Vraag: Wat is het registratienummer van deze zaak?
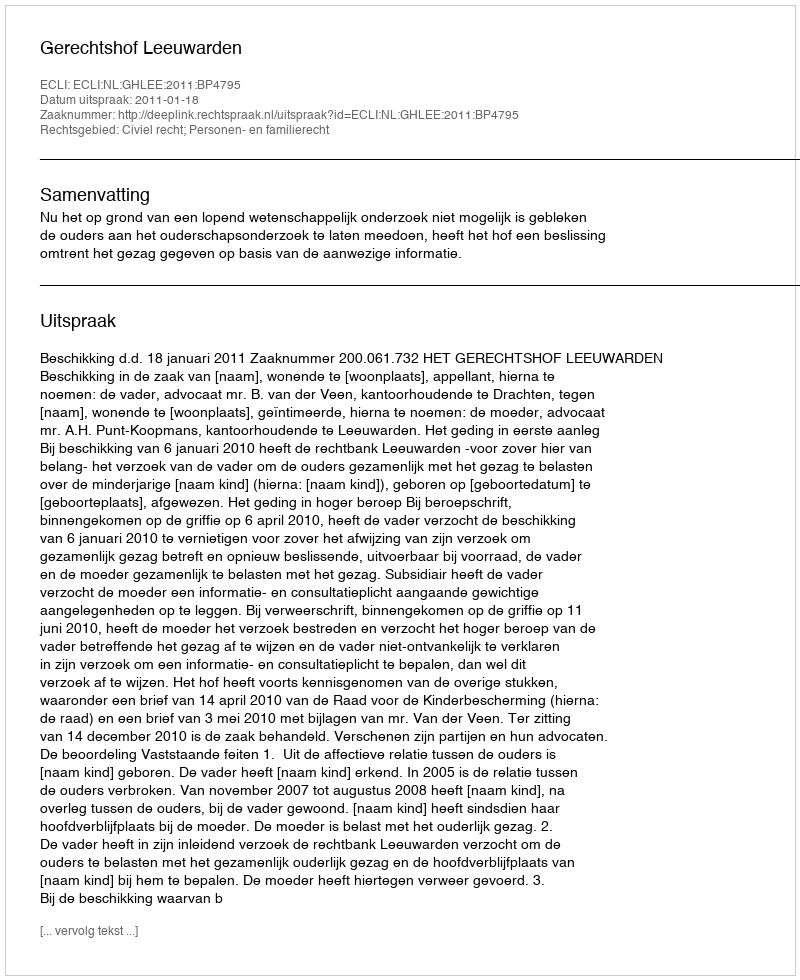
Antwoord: http://deeplink.rechtspraak.nl/uitspraak?id=ECLI:NL:GHLEE:2011:BP4795